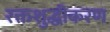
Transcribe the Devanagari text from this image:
रक्तशुद्धीकरण